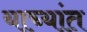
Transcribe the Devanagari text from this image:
याच्यांत